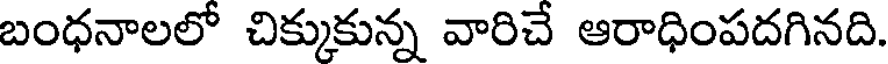
బంధనాలలో చిక్కుకున్న వారిచే ఆరాధింపదగినది.